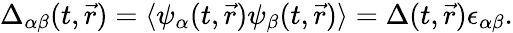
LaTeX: \Delta_{\alpha\beta}(t,\vec{r})=\langle\psi_{\alpha}(t,\vec{r})\psi_{\beta}(t,\vec{r})\rangle=\Delta(t,\vec{r})\epsilon_{\alpha\beta}.